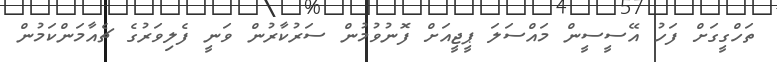
ތަހްގީގަށް ފަހު އޭސީސީން މައްސަލަ ޕީޖީއަށް ފޮނުވުމުން ސަރުކާރުން ވަނީ ފެލިވަރުގެ ޗެއާމަންކަމުން